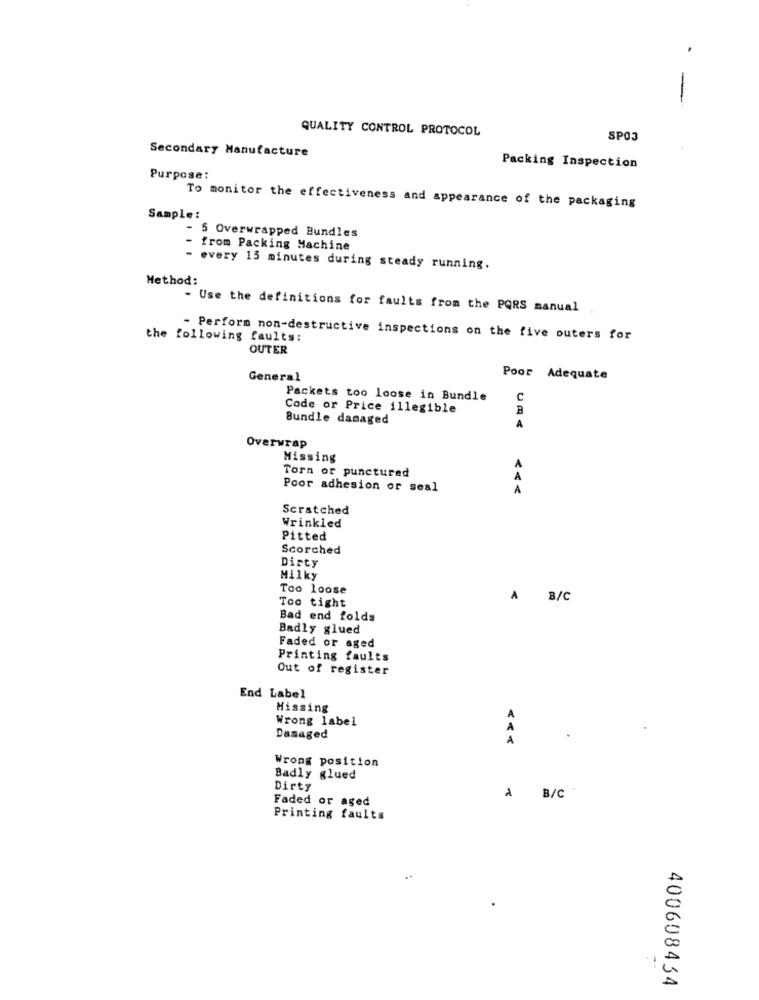
QUALITY CONTROL PROTOCOL
SPO3
Secondary Manufacture
Packing Inspection
Purpose:
To monitor the effectiveness and appearance of the packaging
Sample:
- 5 Overwrapped Bundles
- from Packing Machine
every 15 minutes during steady running.
Method:
- Use the definitions for faults from the PQRS manual
the following faults:
- Perform non-destructive inspections on the five outers for
OUTER
General
Poor Adequate
Packets too loose in Bundle
C
Code or Price illegible
B
Bundle damaged
A
Overwrap
Missing
Torn or punctured
Poor adhesion or seal
Scratched
Wrinkled
Pitted
Scorched
Dirty
Milky
Too loose
Too tight
A B/C
Bad end folds
Badly glued
Faded or aged
Printing faults
Out of register
End Label
Missing
Wrong label
Damaged
< <<
Wrong position
Badly glued
Dirty
Faded or aged
a B/C
Printing faults
400608434